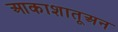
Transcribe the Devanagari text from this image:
आकाशातूअन